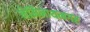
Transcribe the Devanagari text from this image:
नेमिनाथनगर